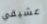
عشيقي